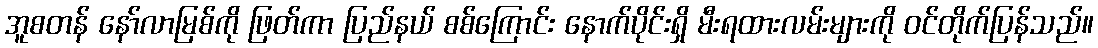
အူစတန် နော်လာမြစ်ကို ဖြတ်ကာ ပြည်နယ် စစ်ကြောင်း နောက်ပိုင်းရှိ မီးရထားလမ်းများကို ဝင်တိုက်ပြန်သည်။